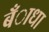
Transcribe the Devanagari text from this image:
बँाधा